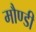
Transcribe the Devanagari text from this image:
मौण्डी